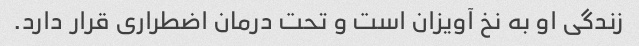
زندگی او به نخ آویزان است و تحت درمان اضطراری قرار دارد.